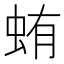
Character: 蛕